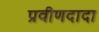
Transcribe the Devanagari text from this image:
प्रवीणदादा